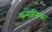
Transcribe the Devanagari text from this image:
फ़नोलिक